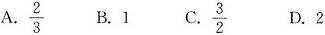
A.\frac{2}{3} B.1 C.\frac{3}{2} D.2